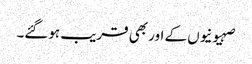
صہیونیوں کے اور بھی قریب ہوگئے۔